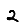
Digit: 2